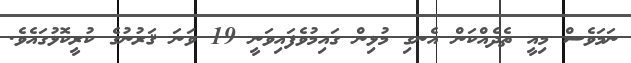
ނަމަވެސް މިއީ ތެދެއްކަން އެނގި މުޅިން ގައިމުވެފައިވަނީ 19 ވަނަ ޤަރުނުގެ ކުރީކޮޅުގައެވެ.